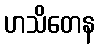
ဟသိတေန